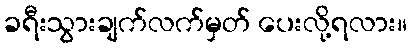
ခရီးသွားချက်လက်မှတ် ပေးလို့ရလား။